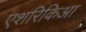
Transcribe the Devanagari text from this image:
एशरिकिआ